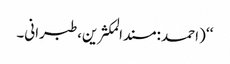
‘‘ (احمد :مسندالمکثرین،طبرانی۔